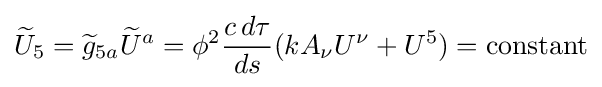
{\widetilde {U}}_{5}={\widetilde {g}}_{5a}{\widetilde {U}}^{a}=\phi ^{2}{\frac {c\,d\tau }{ds}}(kA_{\nu }U^{\nu }+U^{5})={\text{constant}}